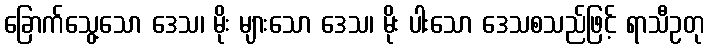
ခြောက်သွေ့သော ဒေသ၊ မိုး များသော ဒေသ၊ မိုး ပါးသော ဒေသစသည်ဖြင့် ရာသီဥတု